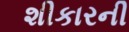
શીકારની